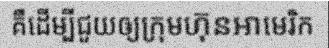
គឺដើម្បីជួយឲ្យក្រុមហ៊ុនអាមេរិក